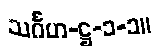
သင်္ဂဟ-ဋ္ဌ-၁-၁။